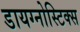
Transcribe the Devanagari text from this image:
डायग्‍नोस्टिक्‍स